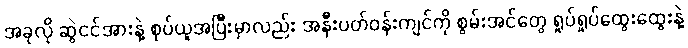
အခုလို ဆွဲငင်အားနဲ့ စုပ်ယူအပြီးမှာလည်း အနီးပတ်ဝန်းကျင်ကို စွမ်းအင်တွေ ရှုပ်ရှုပ်ထွေးထွေးနဲ့